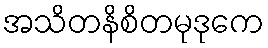
အသိတနိစိတမုဒုကေ